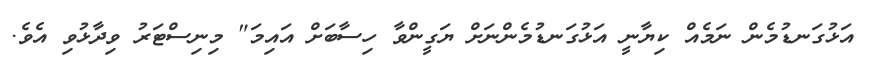
އަޅުގަނޑުމެން ނަމެއް ކިޔާނީ އަޅުގަނޑުމެންނަށް ޔަގީންވާ ހިސާބަށް އައިމަ" މިނިސްޓަރު ވިދާޅުވި އެވެ.